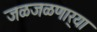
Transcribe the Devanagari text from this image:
जळजळणार्‍या